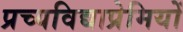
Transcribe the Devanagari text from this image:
प्रच्यविद्याप्रेमियों